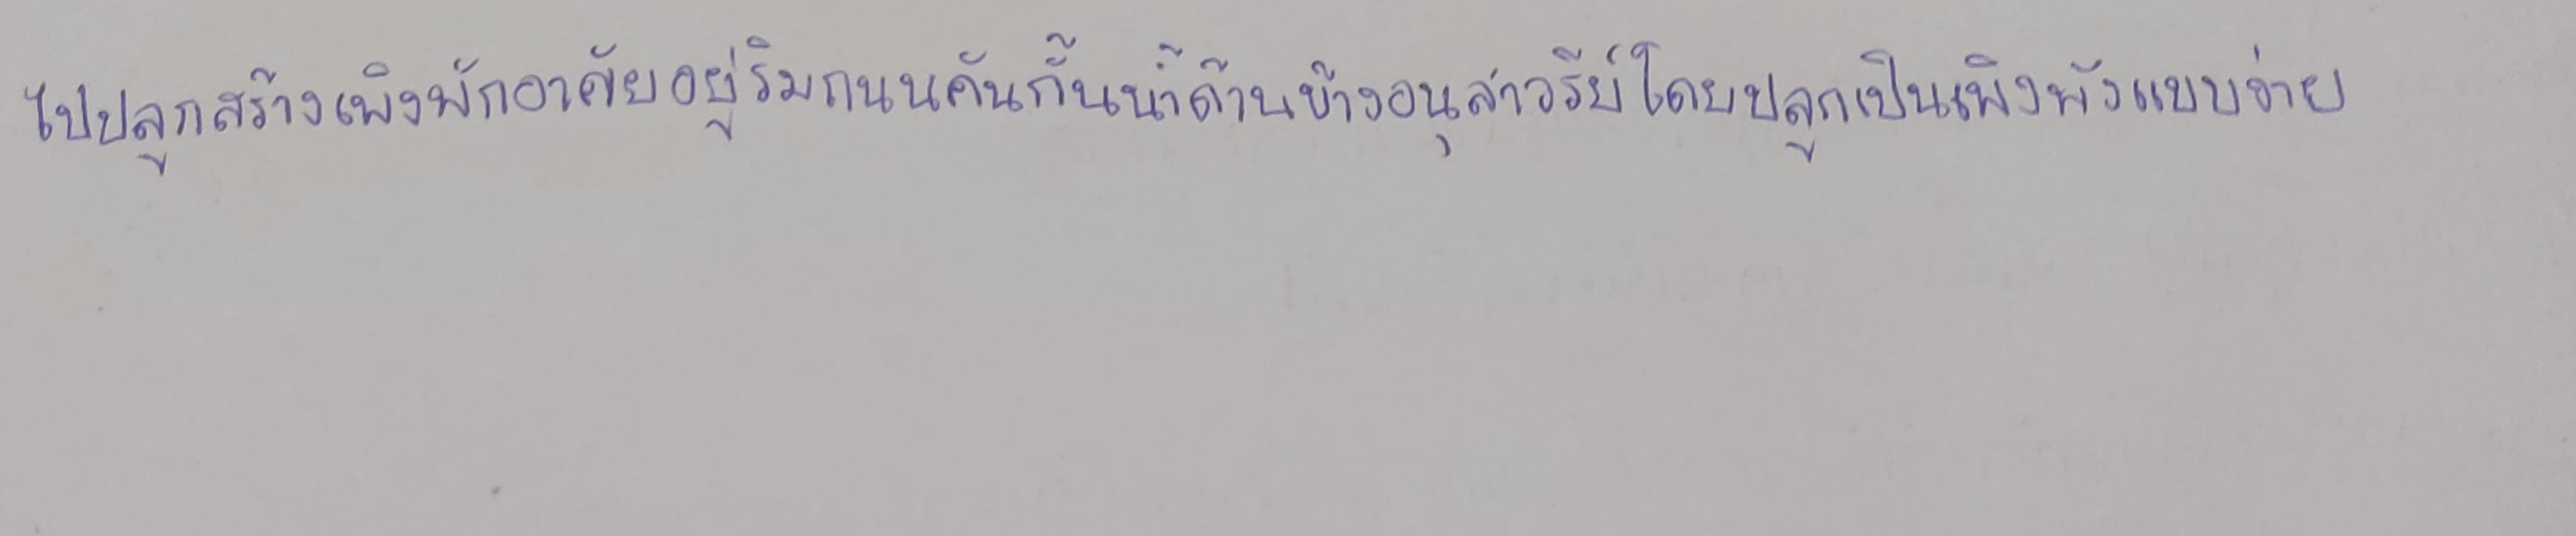
ไปปลูกสร้างเพิงพักอาศัยอยู่ริมถนนคันกั้นน้ำด้านข้างอนุสาวรีย์โดยปลูกเป็นเพิงพักแบบง่าย